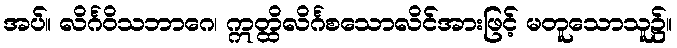
အပ်။ လိင်္ဂဝိသဘာဂေ၊ ဣတ္ထိလိင်္ဂစသောလိင်အားဖြင့် မတူသောသူ၌။